Punjab Mental Hospital Lahore 1922-31 - 1922-1931
Year: 1922
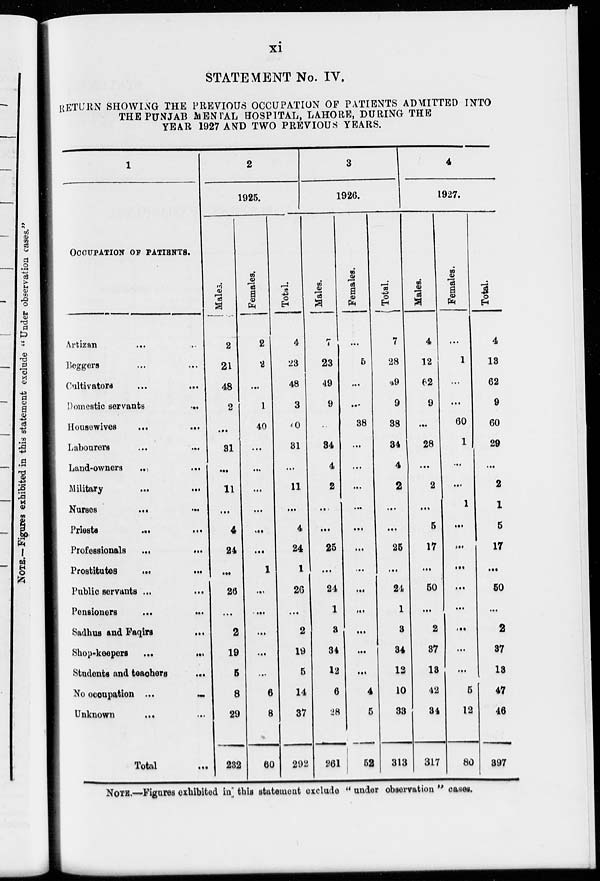
xi
STATEMENT No. IV.
RETURN SHOWING THE PREVIOUS OCCUPATION OF PATIENTS ADMITTED INTO
THE PUNJAB MENTAL HOSPITAL, LAHORE, DURING THE
YEAR 1927 AND TWO PREVIOUS YEARS.
1
OCCUPATION OF PATIENTS.
Artizan
...
...
Beggers ... ...
Cultivators
...
...
Domestic servants ...
Housewives
...
...
Labourers ... ...
Land-owners
...
...
Military
...
...
Nurses
...
...
Priests
...
...
Professionals
...
...
Prostitutes
...
...
Public servants
...
...
Pensioners
...
...
Sadhus and Faqirs ...
Shop-keepers
...
...
Students and teachers ...
No occupation ... ...
Unknown
...
...
Total ...
2
1925.
Males.
2
21
48
2
...
31
...
11
...
4
24
...
26
...
2
19
5
8
29
282
Females.
2
2
...
1
40
...
...
...
...
...
...
1
...
...
...
...
...
6
8
60
Total.
4
23
48
3
31
...
11
...
4
24
1
26
...
2
19
5
14
37
292
3
1926.
Males.
7
23
49
9
...
34
4
2
...
...
25
...
24
1
3
34
12
6
28
261
Females.
...
5
...
...
38
...
...
...
...
...
...
...
...
...
...
...
...
4
5
52
Total.
7
28
49
9
38
34
4
2
...
...
25
...
24
1
3
34
12
10
33
313
4
1927.
Males.
4
12
62
9
...
28
...
2
...
5
17
...
50
...
2
37
13
42
34
317
Females.
...
1
...
...
60
1
...
...
1
...
...
...
...
...
...
...
...
5
12
80
Total.
4
13
62
9
60
29
...
2
1
5
17
...
50
...
2
37
13
47
46
397
NOTE.—Figures exhibited in this statement exclude " under observation " cases.